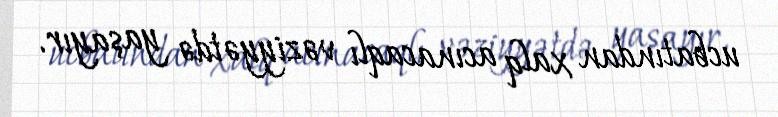
ucbatından xalq acınacaqlı vəziyyətdə yaşayır.